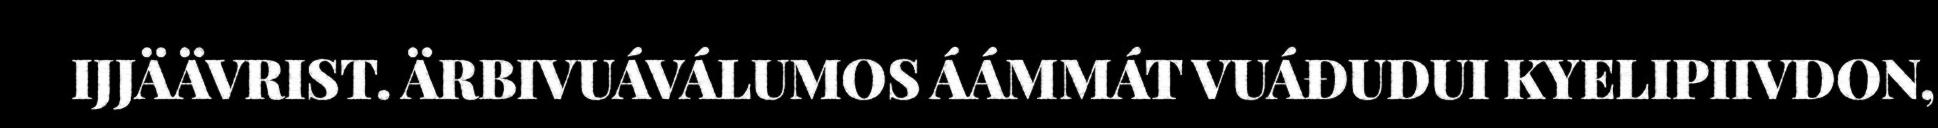
IJJÄÄVRIST. ÄRBIVUÁVÁLUMOS ÁÁMMÁT VUÁĐUDUI KYELIPIIVDON,